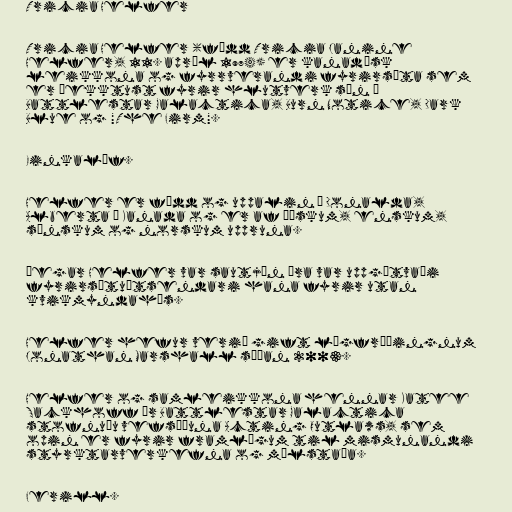
Tricia Helfer

Tricia Helfer (fædd Tricia Janine
Helfer, 11. apríl 1974) er kanadísk
leikkona og fyrrverandi fyrirsæta sem
er þekktust fyrir hlutverk sín í
Battlestar Galactica, Burn Notice, Dark
Blue og "The Firm".

Einkalíf.

Helfer er fædd og uppalin í Donalda,
Alberta í Kanada og er af þýskum, enskum,
sænskum og norskum uppruna.

Þegar Helfer var sautján ára var uppgötvaði
fyrirsætuútsendari hana fyrir utan
kvikmyndahús.

Helfer hefur verið gift lögfræðingnum
Jonathan Marshall síðan 2003.

Helfer og samleikkona hennar Katee
Sackhoff úr Battlestar Galactica
stofnuðu vefsíðuna Acting Outlaws, sem
opin er fyrir framlögum til mismunandi
styrktarverkefna og málstaða.

Ferill.